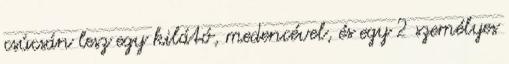
csúcsán lesz egy kilátó, medencével, és egy 2 személyes